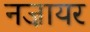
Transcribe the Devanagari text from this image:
नज़ायर